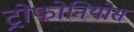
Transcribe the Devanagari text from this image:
ट्रोफोनियोस